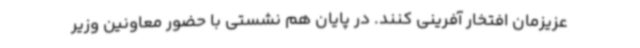
عزیزمان افتخار آفرینی کنند. در پایان هم نشستی با حضور معاونین وزیر